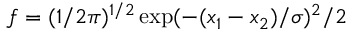
f = ( 1 / 2 \pi ) ^ { 1 / 2 } \exp ( - ( x _ { 1 } - x _ { 2 } ) / \sigma ) ^ { 2 } / 2